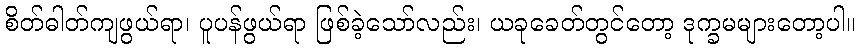
စိတ်ဓါတ်ကျဖွယ်ရာ၊ ပူပန်ဖွယ်ရာ ဖြစ်ခဲ့သော်လည်း၊ ယခုခေတ်တွင်တော့ ဒုက္ခမများတော့ပါ။